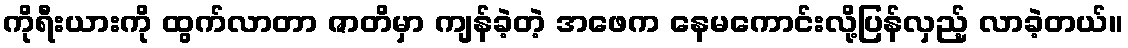
ကိုရီးယားကို ထွက်လာတာ ဇာတိမှာ ကျန်ခဲ့တဲ့ အဖေက နေမကောင်းလို့ပြန်လှည့် လာခဲ့တယ်။